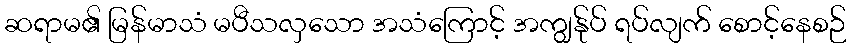
ဆရာမ၏ မြန်မာသံ မပီသလှသော အသံကြောင့် အကျွန်ုပ် ရပ်လျက် စောင့်နေစဉ်